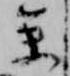
参